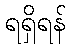
ရရှိရန်